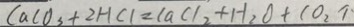
C a C O _ { 3 } + 2 H C l = C a C l _ { 2 } + H _ { 2 } O + C O _ { 2 } \uparrow